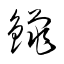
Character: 鑞